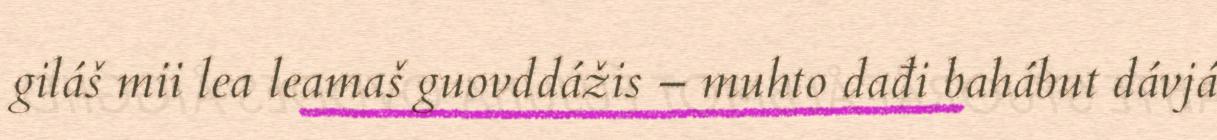
giláš mii lea leamaš guovddážis – muhto dađi bahábut dávjá